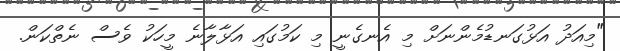
"މިއަދު އަޅުގަނޑުމެންނަށް މި އެނގެނީ މި ކަމުގައި އަޅާލާނެ މީހަކު ވެސް ނެތްކަން.